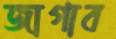
জাগাব